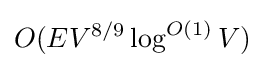
O(EV^{8/9}\log ^{O(1)}V)